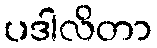
ပဒါလိတာ